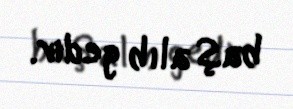
baş alıb gedir.